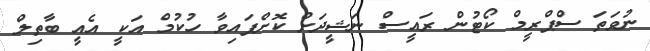
ނުވަތަ ސްޕްރީމް ކޯޓުން ރައީސް ނަޝީދަށް ކޮށްފައިވާ ހުކުމް އަކީ އެއީ ބާތިލް